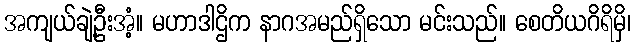
အကျယ်ချဲ့ဦးအံ့။ မဟာဒါဌိက နာဂအမည်ရှိသော မင်းသည်။ စေတိယဂိရိမှိ၊